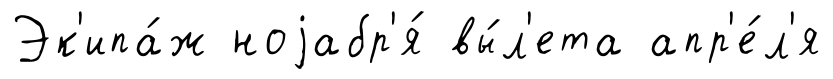
Эк'ипа́ж ноjабр'я́ вы́л'ета апр'е́л'я